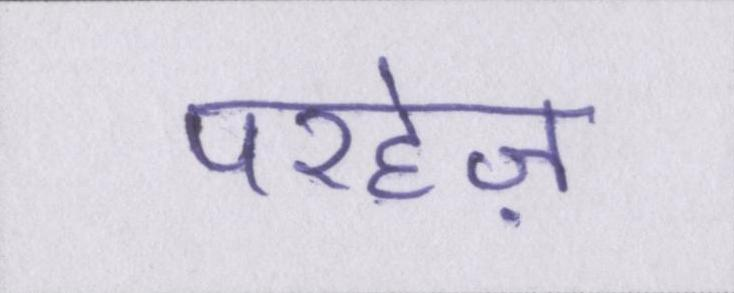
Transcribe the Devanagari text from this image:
परहेज़